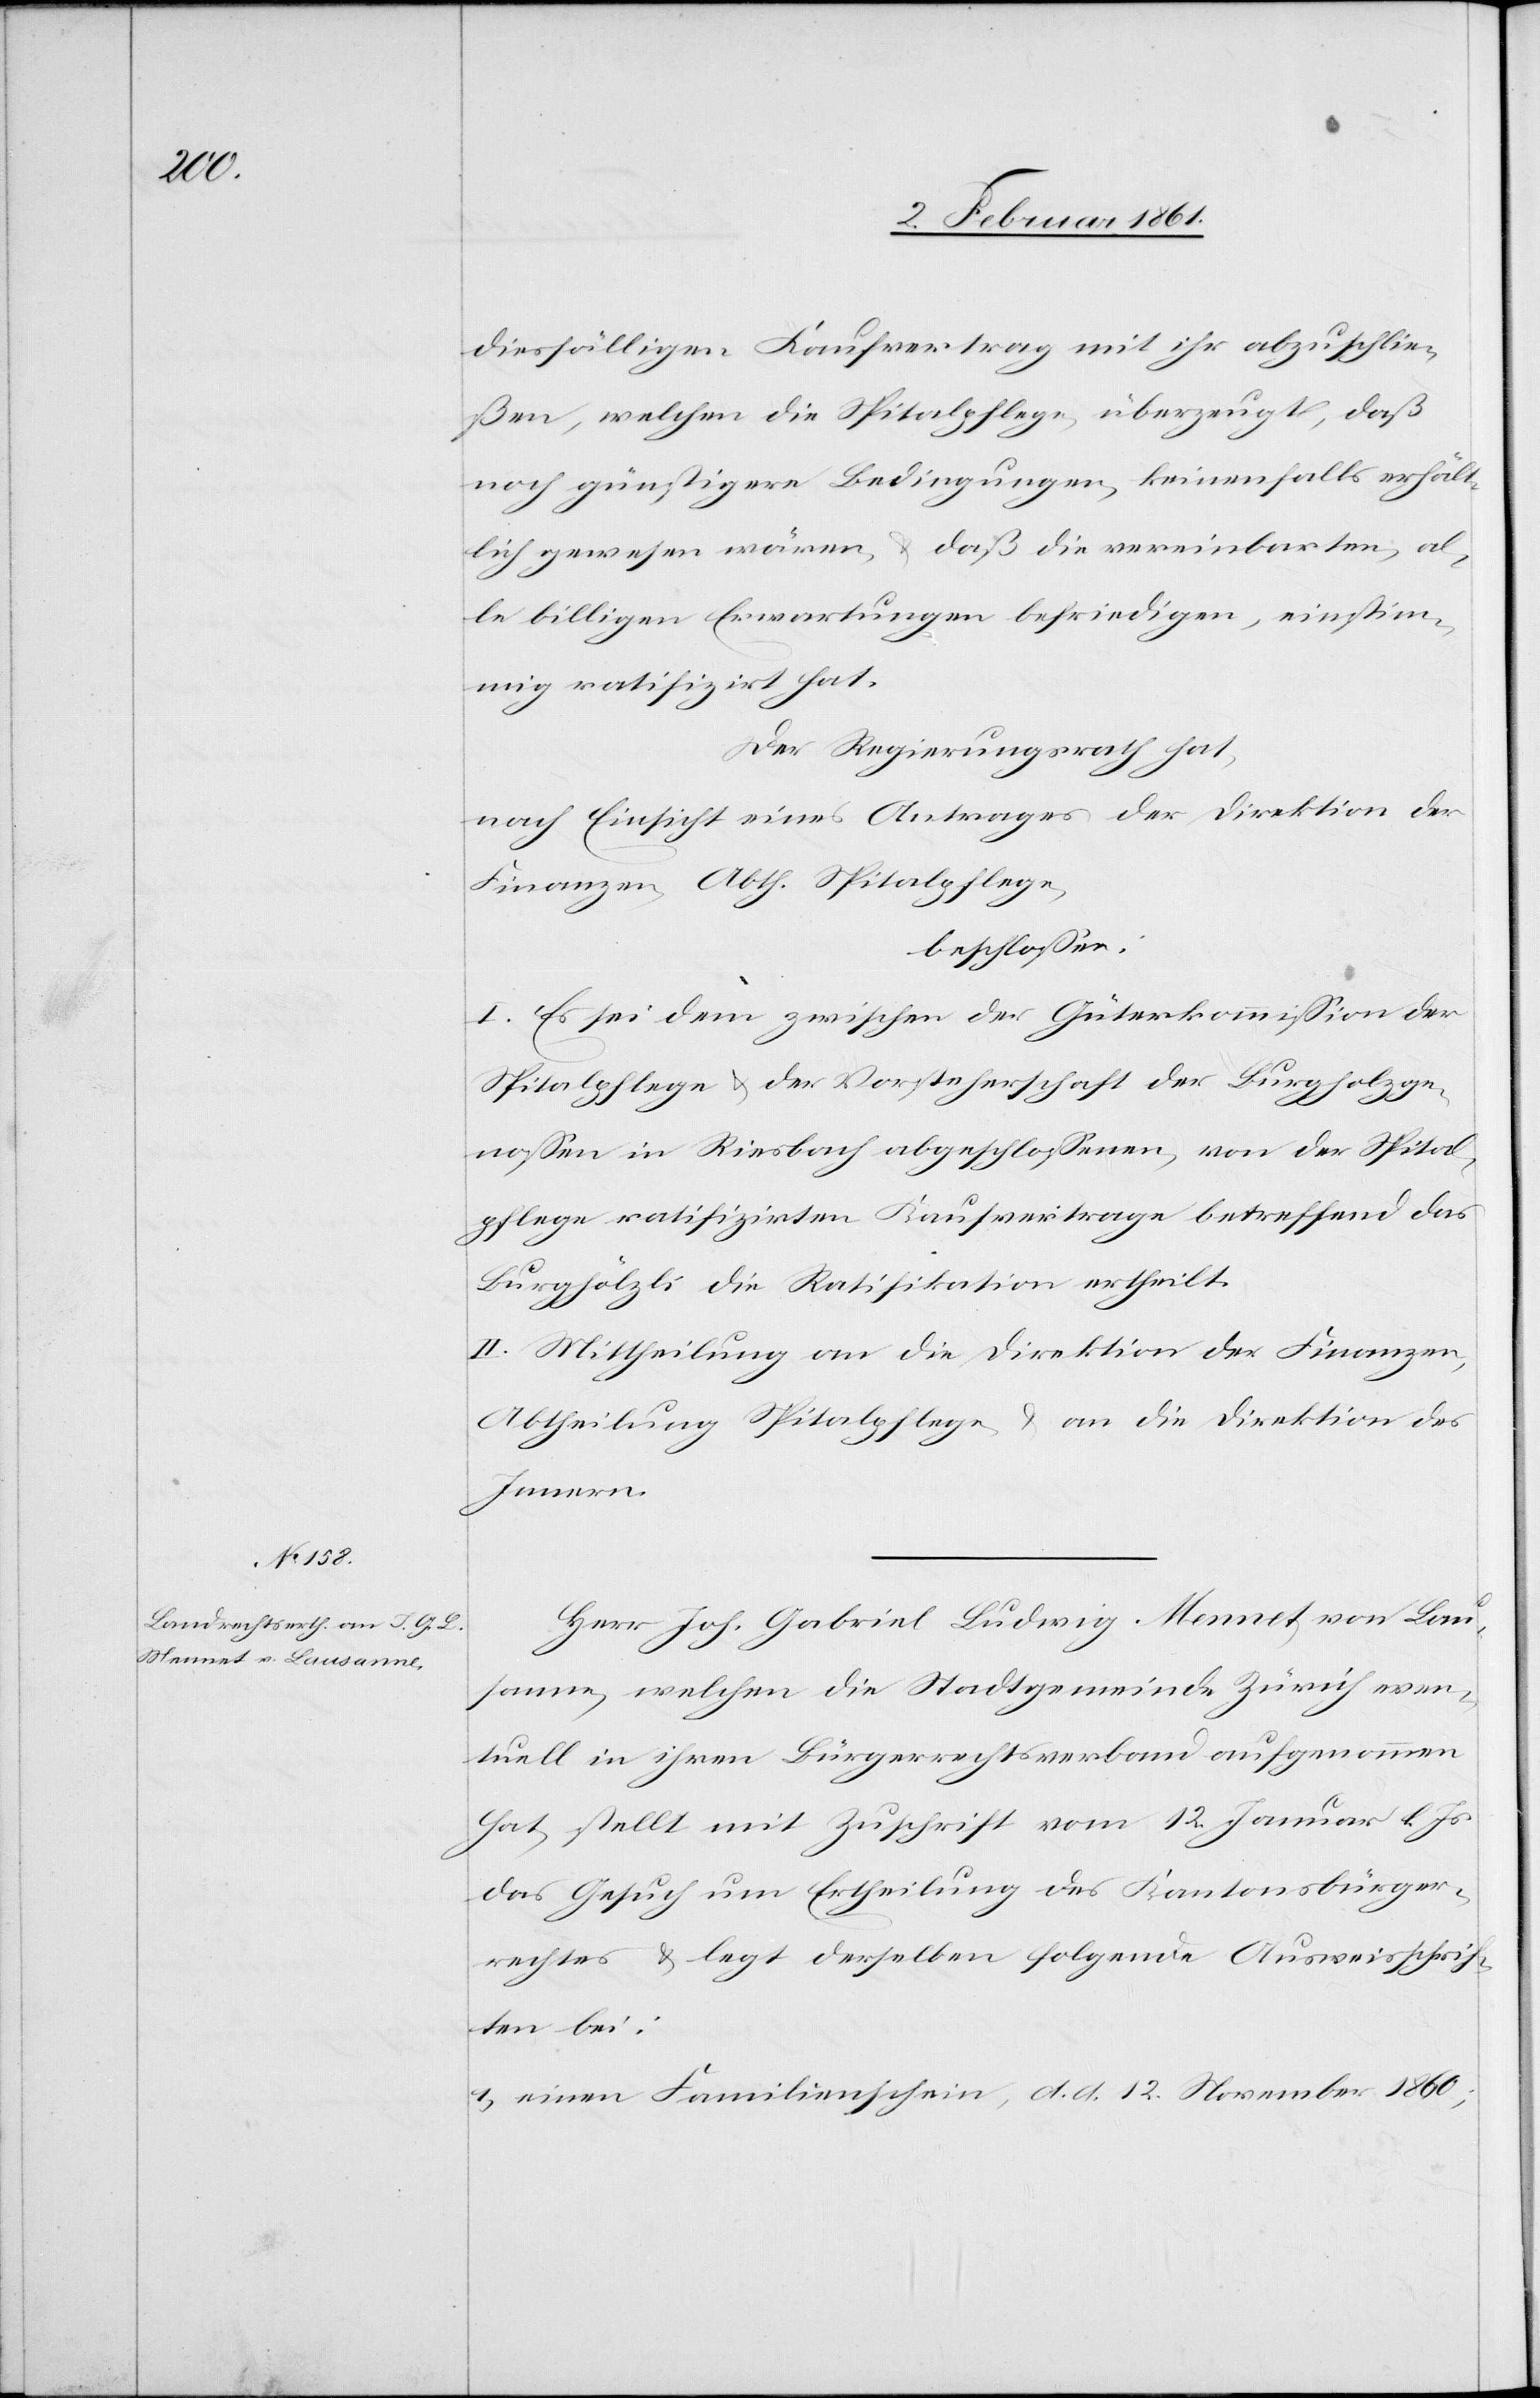
diesfälligen Kaufvertrag mit ihr abzuschlie¬
ßen, welchen die Spitalpflege, überzeugt, daß
noch günstigere Bedingungen, keinenfalls erhält¬
lich gewesen wären, u. daß die vereinbarten, al¬
le billigen Erwartungen befriedigen, einstim¬
mig ratifizirt hat.
Der Regierungsrath hat,
nach Einsicht eines Antrages der Direktion der
Finanzen, Abth. Spitalpflege,
beschlossen:
I. Es sei dem zwischen der Güterkommission der
Spitalpflege u. der Vorsteherschaft der Burgholzge¬
nossen in Riesbach abgeschlossenen, von der Spital¬
pflege ratifizirten Kaufsvertrage betreffend das
Burghölzli die Ratifikation ertheilt.
II. Mittheilung an die Direktion der Finanzen,
Abtheilung Spitalpflege u. an die Direktion des
Innern.
Herr Joh. Gabriel Ludwig Mennet von Lau¬
sanne, welchen die Stadtgemeinde Zürich even¬
tuell in ihren Bürgerrechtsverband aufgenommen
hat, stellt mit Zuschrift vom 12. Januar l. Js.
das Gesuch um Ertheilung des Kantonsbürger¬
rechtes u. legt derselben folgende Ausweisschrif¬
ten bei:
1) einen Familienschein, d. d. 12. November 1860;